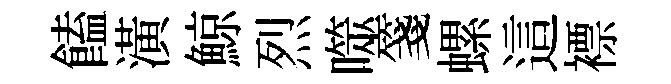
饁潢鯨烈噬箋螺這褾